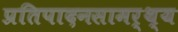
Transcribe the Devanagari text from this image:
प्रतिपादनसामर्थ्य